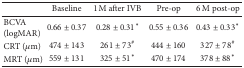
<table><thead><tr><td><b> </b></td><td><b>Baseline</b></td><td><b>1 M after IVB</b></td><td><b>Pre-op</b></td><td><b>6 M post-op</b></td></tr></thead><tbody><tr><td>BCVA (logMAR)</td><td>0.66 ± 0.37</td><td>0.28 ± 0.31*</td><td>0.55 ± 0.36</td><td>0.43 ± 0.33*</td></tr><tr><td>CRT (<i>μ</i>m)</td><td>474 ± 143</td><td>261 ± 73<sup>#</sup></td><td>444 ± 160</td><td>327 ± 78<sup>#</sup></td></tr><tr><td>MRT (<i>μ</i>m)</td><td>559 ± 131</td><td>325 ± 51*</td><td>470 ± 174</td><td>378 ± 88*</td></tr></tbody></table>